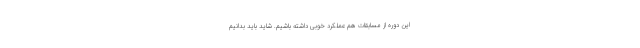
این دوره از مسابقات هم عملکرد خوبی داشته باشیم. شاید باید بدانیم